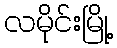
လမိုင်းမြို့